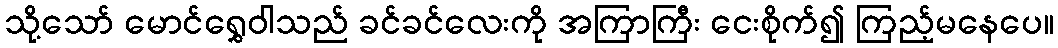
သို့သော် မောင်ရွှေဝါသည် ခင်ခင်လေးကို အကြာကြီး ငေးစိုက်၍ ကြည့်မနေပေ။